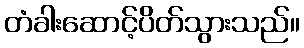
တံခါးဆောင့်ပိတ်သွားသည်။